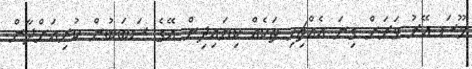
މޫސަ އޭރު ވަރަށް ގިނަ އެއްޗިހި ތަކެއް ކިޔައިދިން އޭގެ ސަބަބުން ކުރިއަށްދާން